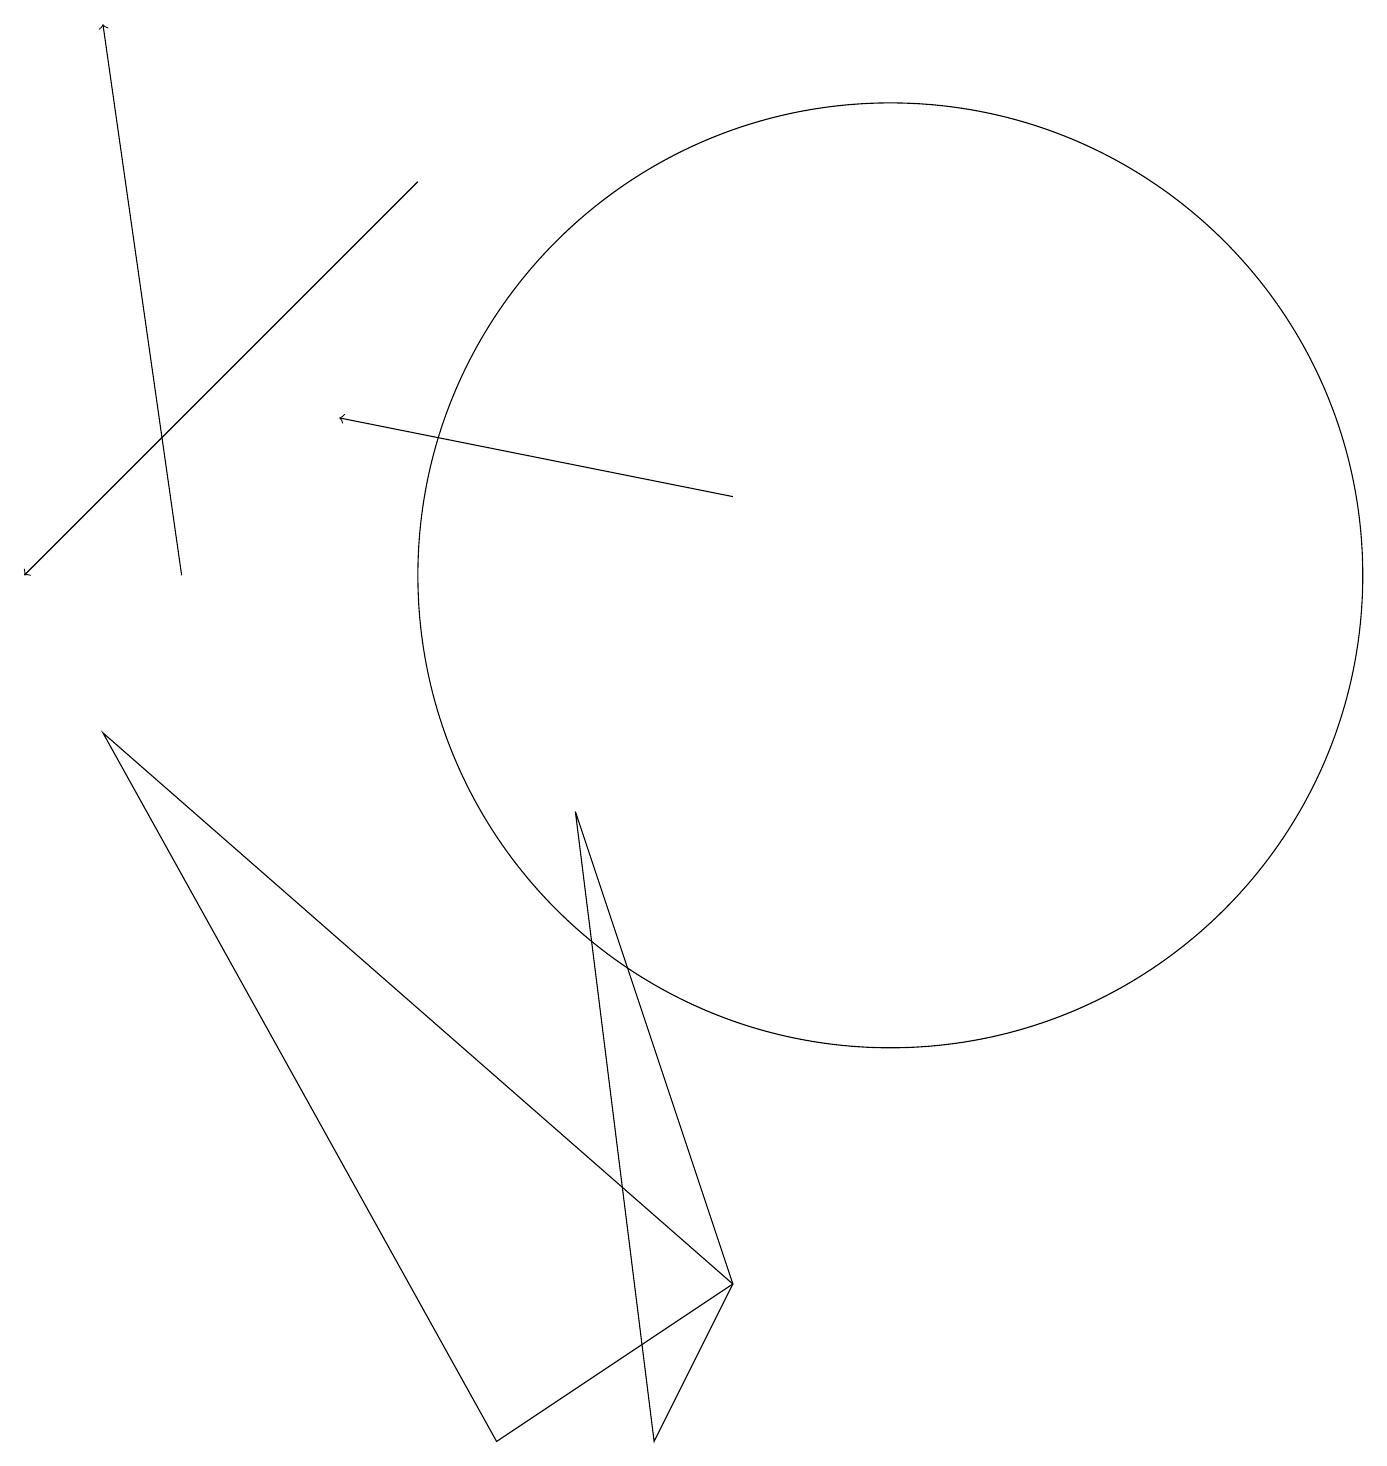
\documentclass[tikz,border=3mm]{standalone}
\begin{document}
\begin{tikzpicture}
\draw[->] (5,16) -- (0,11);
\draw[->] (2,11) -- (1,18);
\draw[->] (9,12) -- (4,13);
\draw (1,9) -- (6,0) -- (9,2) -- cycle;
\draw (8,0) -- (7,8) -- (9,2) -- cycle;
\draw (11,11) circle (6);
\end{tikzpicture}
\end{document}